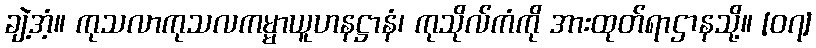
ချဲ့အံ့။ ကုသလာကုသလကမ္မာယူဟနဋ္ဌာနံ၊ ကုသိုလ်ကံကို အားထုတ်ရာဌာနသို့။ [၀၇]